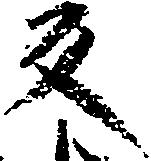
反